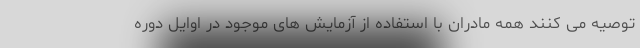
توصیه می کنند همه مادران با استفاده از آزمایش های موجود در اوایل دوره